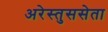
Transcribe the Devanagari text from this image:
अरेस्तुससेता